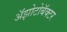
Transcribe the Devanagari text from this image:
अॅझोटोबॅक्टर